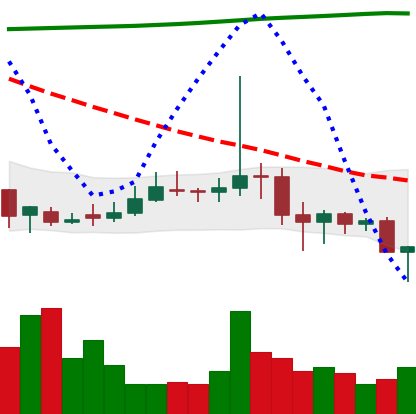
Ticker: DOGE-USD
Chart end date: 2020-11-03
Forward return: 7.239%
Label: up_7plus